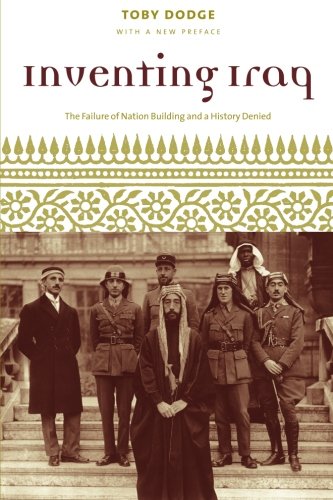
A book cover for Inventing Iraq: The Failure of Nation Building and a History Denied; Toby Dodge; History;